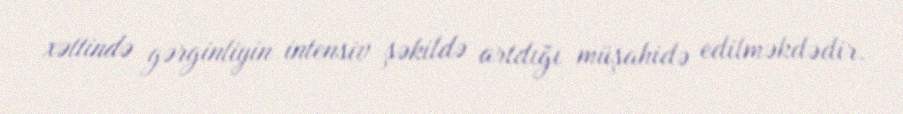
xəttində gərginliyin intensiv şəkildə artdığı müşahidə edilməkdədir.